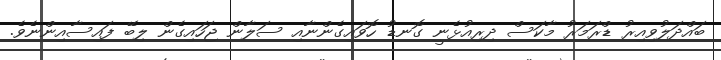
ބައްދަލުވިއިރު ޑްރަމަރު މާކަސް ދިރިއުޅެނީ ގޮނޑު ހޮވައިގެންނާއި ސަލާން ޖަހައިގެން ލިބޭ ފައިސާއިންނެވެ.